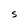
Character: S